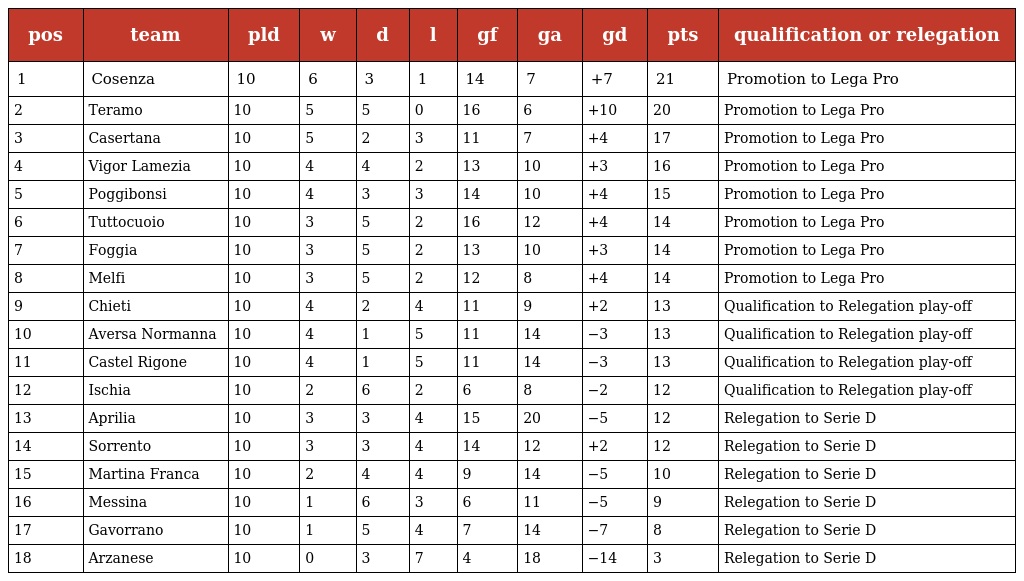
| pos | team | pld | w | d | l | gf | ga | gd | pts | qualification or relegation |
 | --- | --- | --- | --- | --- | --- | --- | --- | --- | --- | --- |
 | 1 | Cosenza | 10 | 6 | 3 | 1 | 14 | 7 | +7 | 21 | Promotion to Lega Pro |
 | 2 | Teramo | 10 | 5 | 5 | 0 | 16 | 6 | +10 | 20 | Promotion to Lega Pro |
 | 3 | Casertana | 10 | 5 | 2 | 3 | 11 | 7 | +4 | 17 | Promotion to Lega Pro |
 | 4 | Vigor Lamezia | 10 | 4 | 4 | 2 | 13 | 10 | +3 | 16 | Promotion to Lega Pro |
 | 5 | Poggibonsi | 10 | 4 | 3 | 3 | 14 | 10 | +4 | 15 | Promotion to Lega Pro |
 | 6 | Tuttocuoio | 10 | 3 | 5 | 2 | 16 | 12 | +4 | 14 | Promotion to Lega Pro |
 | 7 | Foggia | 10 | 3 | 5 | 2 | 13 | 10 | +3 | 14 | Promotion to Lega Pro |
 | 8 | Melfi | 10 | 3 | 5 | 2 | 12 | 8 | +4 | 14 | Promotion to Lega Pro |
 | 9 | Chieti | 10 | 4 | 2 | 4 | 11 | 9 | +2 | 13 | Qualification to Relegation play-off |
 | 10 | Aversa Normanna | 10 | 4 | 1 | 5 | 11 | 14 | −3 | 13 | Qualification to Relegation play-off |
 | 11 | Castel Rigone | 10 | 4 | 1 | 5 | 11 | 14 | −3 | 13 | Qualification to Relegation play-off |
 | 12 | Ischia | 10 | 2 | 6 | 2 | 6 | 8 | −2 | 12 | Qualification to Relegation play-off |
 | 13 | Aprilia | 10 | 3 | 3 | 4 | 15 | 20 | −5 | 12 | Relegation to Serie D |
 | 14 | Sorrento | 10 | 3 | 3 | 4 | 14 | 12 | +2 | 12 | Relegation to Serie D |
 | 15 | Martina Franca | 10 | 2 | 4 | 4 | 9 | 14 | −5 | 10 | Relegation to Serie D |
 | 16 | Messina | 10 | 1 | 6 | 3 | 6 | 11 | −5 | 9 | Relegation to Serie D |
 | 17 | Gavorrano | 10 | 1 | 5 | 4 | 7 | 14 | −7 | 8 | Relegation to Serie D |
 | 18 | Arzanese | 10 | 0 | 3 | 7 | 4 | 18 | −14 | 3 | Relegation to Serie D |